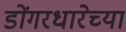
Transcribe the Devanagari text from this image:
डोंगरधारेच्या